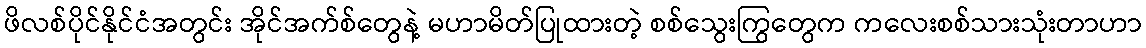
ဖိလစ်ပိုင်နိုင်ငံအတွင်း အိုင်အက်စ်တွေနဲ့ မဟာမိတ်ပြုထားတဲ့ စစ်သွေးကြွတွေက ကလေးစစ်သားသုံးတာဟာ